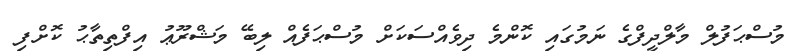
މުސްޙަފުލް މާލްދީފްްގެ ނަމުގައި ކޮންމެ ދިވެއްސަކަށް މުސްޙަފެއް ލިބޭ މަޝްރޫޢު އިފްތިތާޙު ކޮށްފި